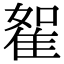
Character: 𨾵